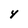
Character: 4